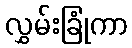
လွှမ်းခြုံကာ